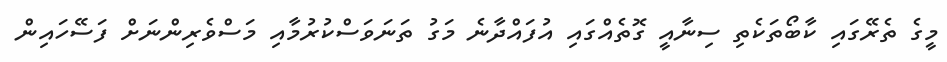
މީގެ ތެރޭގައި ކާބޯތަކެތި ސިނާއީ ގޮތެއްގައި އުފައްދާނެ މަގު ތަނަވަސްކުރުމާއި މަސްވެރިންނަށް ފަސޭހައިން